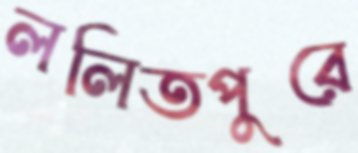
ললিতপুরে